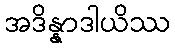
အဒိန္နာဒါယိဿ